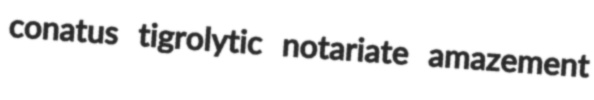
conatus tigrolytic notariate amazement